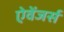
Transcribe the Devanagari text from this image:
ऐवेंजर्स